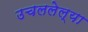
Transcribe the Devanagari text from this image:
उचललेल्या